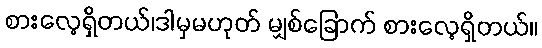
စားလေ့ရှိတယ်၊ဒါမှမဟုတ် မျှစ်ခြောက် စားလေ့ရှိတယ်။